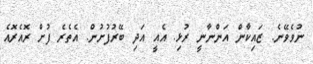
ނުވެވޭނެ. ޒައިކާން އަންނާނީ ރުޅި. އެއީ އަދި ބޭރުފުށުން. އެތެރެ ފުށް ރޮއެރޮއެ